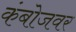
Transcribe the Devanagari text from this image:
कंबोजवर